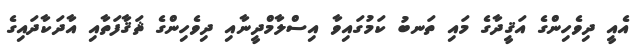
އެއީ ދިވެހިންގެ އަޤީދާގެ މައި ތަނބު ކަމުގައިވާ އިސްލާމްދީނާއި ދިވެހިންގެ ޘަޤާފަތާއި އާދަކާދައިގެ